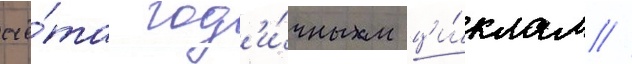
счё́та год'и́чным ци́клам //